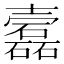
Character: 𡕎